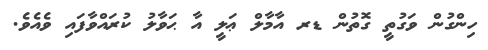
ހިންގުން ވަގުތީ ގޮތުން ޑރ އާމާލް ޢަލީ އާ ޙަވާލު ކުރައްވާފައި ވެއެވެ.